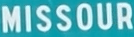
MISSOURI